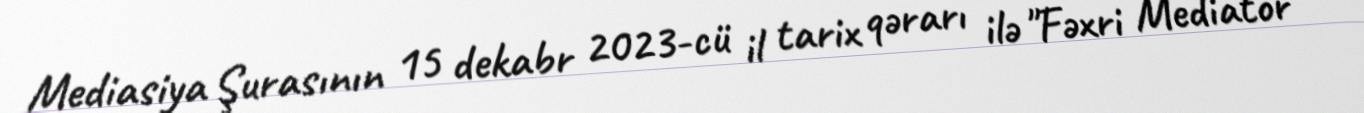
Mediasiya Şurasının 15 dekabr 2023-cü il tarix qərarı ilə "Fəxri Mediator"